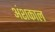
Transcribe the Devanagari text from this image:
अंशकाल